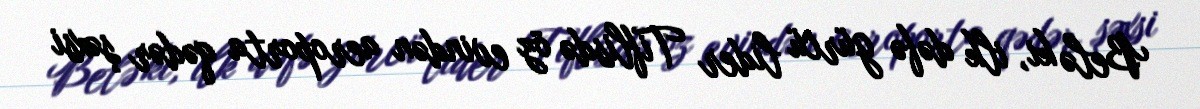
Belə ki, ilk dəfə gürcü lider Tiflisdə öz evindən aeroporta qədər şəxsi